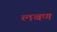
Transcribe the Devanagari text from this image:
लबण